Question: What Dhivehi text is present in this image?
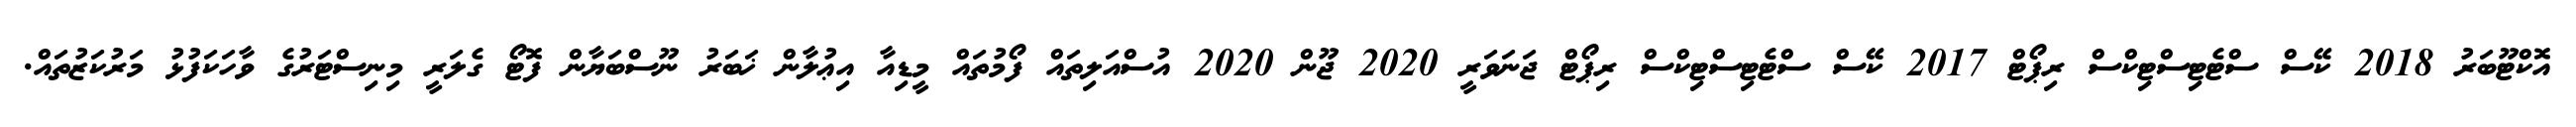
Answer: އޮކްޓޫބަރު 2018 ކޭސް ސްޓެޓިސްޓިކްސް ރިޕޯޓް 2017 ކޭސް ސްޓެޓިސްޓިކްސް ރިޕޯޓް ޖަނަވަރީ 2020 ޖޫން 2020 އުސްއަލިތައް ފޯމުތައް މީޑިއާ އިޢުލާން ޚަބަރު ނޫސްބަޔާން ފޮޓޯ ގެލަރީ މިނިސްޓަރުގެ ވާހަކަފުޅު މަރުކަޒުތައް.